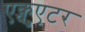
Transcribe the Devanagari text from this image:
एक्चुएटर